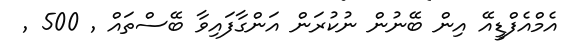
އެމްއެފްޑީއޭ އިން ބޭނުން ނުކުރަން އަންގާފައިވާ ބޭސްތައް